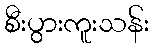
စီးပွားကူးသန်း